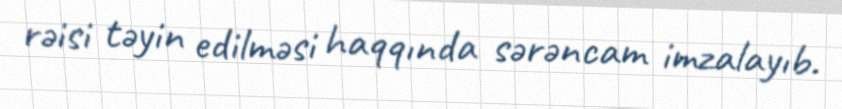
rəisi təyin edilməsi haqqında sərəncam imzalayıb.